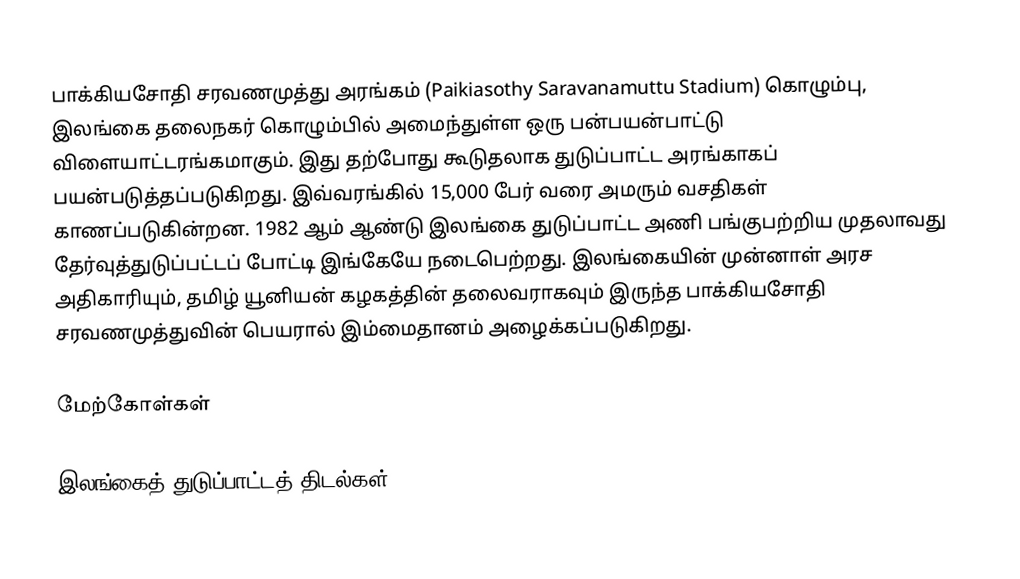
பாக்கியசோதி சரவணமுத்து அரங்கம் (Paikiasothy Saravanamuttu Stadium) கொழும்பு, இலங்கை தலைநகர் கொழும்பில் அமைந்துள்ள ஒரு பன்பயன்பாட்டு விளையாட்டரங்கமாகும். இது தற்போது கூடுதலாக துடுப்பாட்ட அரங்காகப் பயன்படுத்தப்படுகிறது. இவ்வரங்கில் 15,000 பேர் வரை அமரும் வசதிகள் காணப்படுகின்றன. 1982 ஆம் ஆண்டு இலங்கை துடுப்பாட்ட அணி பங்குபற்றிய முதலாவது தேர்வுத்துடுப்பட்டப் போட்டி இங்கேயே நடைபெற்றது. இலங்கையின் முன்னாள் அரச அதிகாரியும், தமிழ் யூனியன் கழகத்தின் தலைவராகவும் இருந்த பாக்கியசோதி சரவணமுத்துவின் பெயரால் இம்மைதானம் அழைக்கப்படுகிறது.

மேற்கோள்கள்

இலங்கைத் துடுப்பாட்டத் திடல்கள்